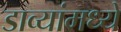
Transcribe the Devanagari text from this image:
डाव्यांमध्ये